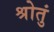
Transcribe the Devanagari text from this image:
श्रोतुं